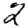
Digit: 2